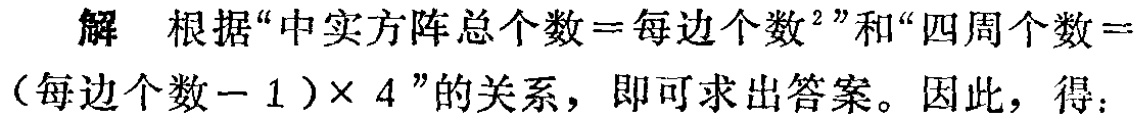
解 根据“中实方阵总个数$=$每边个数$^{2}$”和“四周个数$=$(每边个数$-1)\times 4$”的关系，即可求出答案。因此，得：